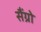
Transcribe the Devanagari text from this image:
सैंग्रो